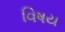
વિષય